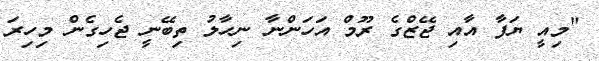
"މިއީ ޔަފާ އާއި ޖޭޒްގެ ރޫމް އަހަންނާ ނިހާލު ތިބޭނީ ޖެހިގެން މިހިރަ